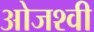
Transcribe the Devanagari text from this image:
ओजश्वी